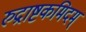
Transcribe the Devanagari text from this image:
रुद्राष्टकमिदम्